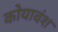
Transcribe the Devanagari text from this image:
कोयावंश